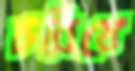
চরিয়ে